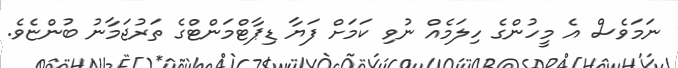
ނަމަވެސް އެ މީހުންގެ ހިލަމެއް ނުވި ކަމަށް ފަޔާ ޑިޕާޓްމަންޓްގެ ތަރުޖަމާނު ބުންޏެވެ.